Reports on dispensaries and lunatic asylums in the Province of Oudh - 1869-1876
Year: 1869
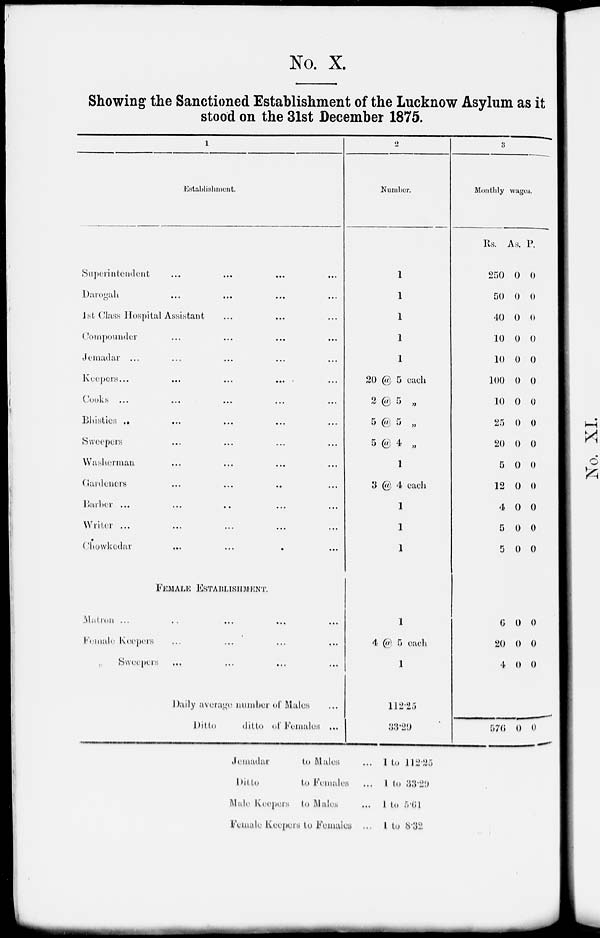
No. X.
Showing the Sanctioned Establishment of the Lucknow Asylum as it
stood on the 31st December 1875.
1
Establishment.
Superintendent … … … …
Darogah … … ...
...
1st Class Hospital Assistant … … …
Compounder … … … …
Jemadar … … … … …
Keepers... … … … …
Cooks ... … … … …
Bhisties … … … … ...
Sweepers … … … …
Washerman … … … …
Cardoners … … … …
Barber ... … … … …
Writer ... … … … …
Chowkedar
... … . …
FEMALE ESTABLISHMENT.
Matron ... … … … …
Female Keepers … … … …
„ Sweepers … … … …
Daily average number of Males …
Ditto
ditto of Females ...
2
Number.
1
1
1
1
1
20 @ 5 each
2 @ 5 „
5 @ 5 „
5 @ 4 „
1
3 @ 4 each
1
1
1
1
4 @ 5 each
1
112.25
33.29
3
Monthly wages.
Rs.
250
50
40
10
10
100
10
25
20
5
12
4
5
5
As.
0
0
0
0
0
0
0
0
0
0
0
0
0
0
P.
0
0
0
0
0
0
0
0
0
0
0
0
0
0
6
20
4
0
0
0
0
0
0
576 0 0
Jemadar
to Males
...
Ditto
to Females
...
Male Keepers
to Males
...
Female Keepers to Females
...
1 to
1 to
1 to
1 to
112.25
33.29
5.61
8.32